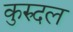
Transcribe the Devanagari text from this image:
कुरुदल